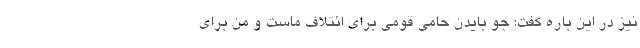
نیز در این باره گفت: جو بایدن حامی قومی برای ائتلاف ماست و من برای